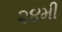
૨૪મી